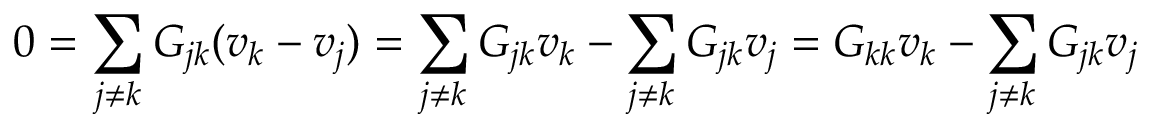
0 = \sum _ { j \neq k } G _ { j k } ( v _ { k } - v _ { j } ) = \sum _ { j \neq k } G _ { j k } v _ { k } - \sum _ { j \neq k } G _ { j k } v _ { j } = G _ { k k } v _ { k } - \sum _ { j \neq k } G _ { j k } v _ { j }